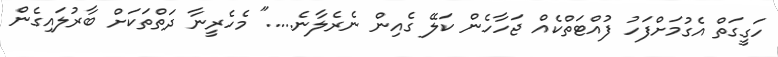
ހަގީގަތް އެގުމަށްފަހު ފުއްޓަތްކެއް ޖަހާހެން ކަލޭ ގެއިން ނެރެލާނެ....." މެހެރީނާ ދަތްތަކަށް ބާރުލައިގެން